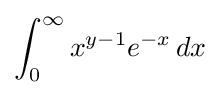
\int _{0}^{\infty }x^{y-1}e^{-x}\,dx